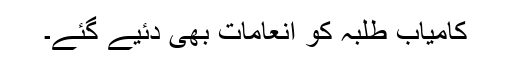
کامیاب طلبہ کو انعامات بھی دئیے گئے۔